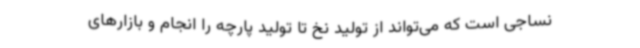
نساجی است که می‌تواند از تولید نخ تا تولید پارچه را انجام و بازارهای